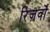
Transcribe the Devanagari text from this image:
रिज़र्वों